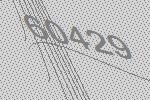
60429